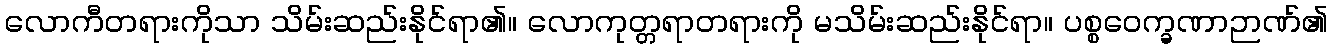
လောကီတရားကိုသာ သိမ်းဆည်းနိုင်ရာ၏။ လောကုတ္တရာတရားကို မသိမ်းဆည်းနိုင်ရာ။ ပစ္စဝေက္ခဏာဉာဏ်၏